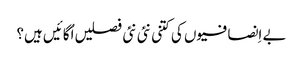
بے اِنصافیوں کی کتنی نئی نئی فصلیں اُگائیں ہیں؟